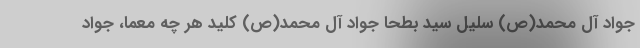
جواد آل محمد(ص) سلیل سید بطحا جواد آل محمد(ص) کلید هر چه معمّا، جواد